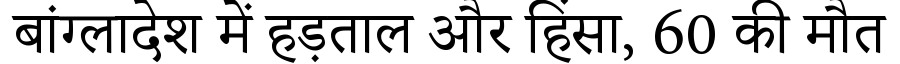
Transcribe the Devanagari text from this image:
बांग्लादेश में हड़ताल और हिंसा, 60 की मौत